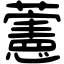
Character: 藼